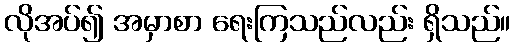
လိုအပ်၍ အမှာစာ ရေးကြသည်လည်း ရှိသည်။